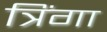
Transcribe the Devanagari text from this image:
त्रिंगा